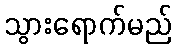
သွားရောက်မည်